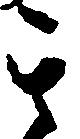
其